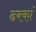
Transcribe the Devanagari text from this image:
ढक्कां